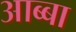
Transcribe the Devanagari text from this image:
आब्बा